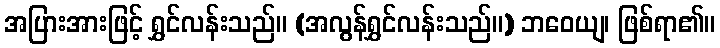
အပြားအားဖြင့် ရွှင်လန်းသည်။ (အလွန်ရွှင်လန်းသည်။) ဘဝေယျ၊ ဖြစ်ရာ၏။